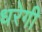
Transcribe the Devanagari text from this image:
धरेगी